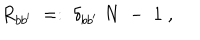
R _ { b b ^ { \prime } } \; = : \; \delta _ { b b ^ { \prime } } \; N \; - \; 1 \; ,